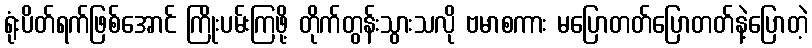
ရုံးပိတ်ရက်ဖြစ်အောင် ကြိုးပမ်းကြဖို့ တိုက်တွန်းသွားသလို ဗမာစကား မပြောတတ်ပြောတတ်နဲ့ပြောတဲ့